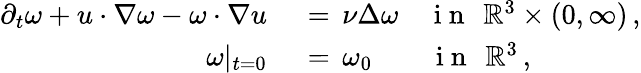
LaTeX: \begin{array}{rl}{\partial_{t}\omega+u\cdot\nabla\omega-\omega\cdot\nabla u\, }&{{}=\, \nu\Delta\omega\quad\mathrm{~i~n~}~\, \mathbb{R}^{3}\times(0,\infty)\, ,}\\ {\omega|_{t=0}\, }&{{}=\, \omega_{0}\quad\quad\mathrm{~i~n~}~\, \mathbb{R}^{3}\, ,}\end{array}